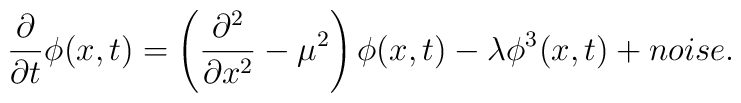
\frac{\partial}{\partial t} \phi (x,t) = \left(\frac{\partial^2}{\partial x^2} -\mu^2 \right) \phi (x,t) -\lambda\phi^3 (x,t) + noise .